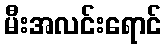
မီးအလင်းရောင်